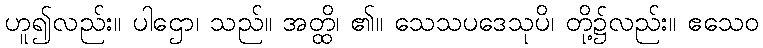
ဟူ၍လည်း။ ပါဌော၊ သည်။ အတ္ထိ၊ ၏။ သေသပဒေသုပိ၊ တို့၌လည်း။ ဧသေဝ